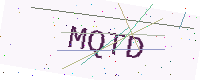
Text: MQTD